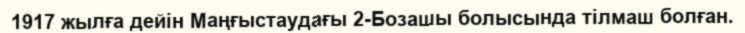
1917 жылға дейін Маңғыстаудағы 2-Бозашы болысында тілмаш болған.